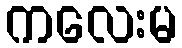
ကလေးမ